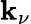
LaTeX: \mathbf{k}_{\nu}